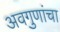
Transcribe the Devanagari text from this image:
अवगुणांचा